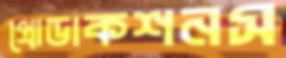
প্রোডাকশনস